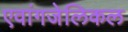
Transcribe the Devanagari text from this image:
एवांगजेलिकल